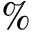
\%